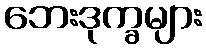
ဘေးဒုက္ခများ